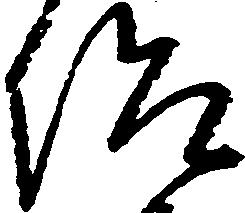
仰